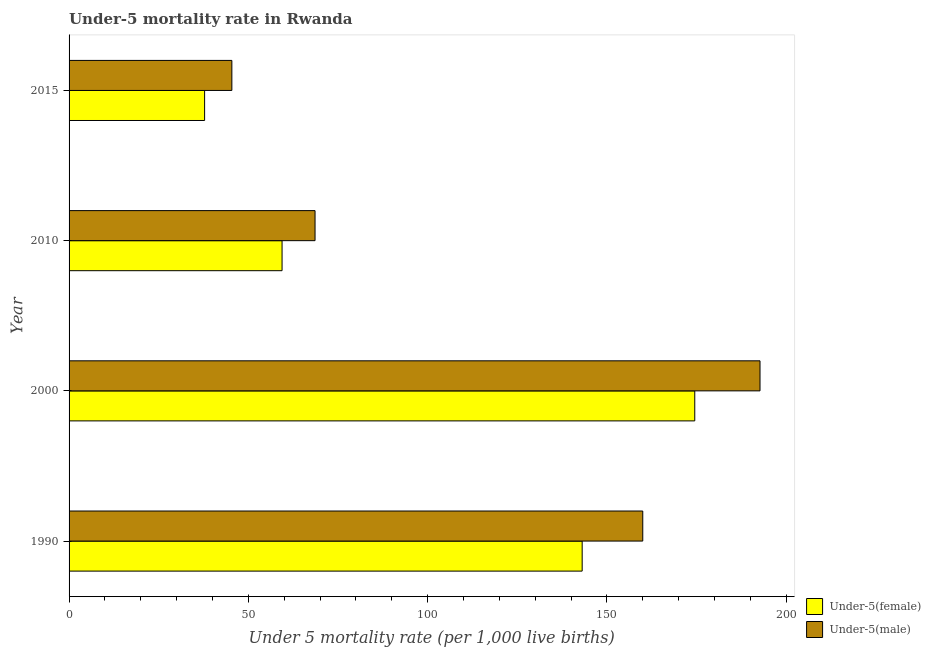
| Year | Under-5(female) | Under-5(male) |
 | --- | --- | --- |
 | 1990 | 143 | 160 |
 | 2000 | 174 | 193 |
 | 2010 | 59.4 | 68.6 |
 | 2015 | 37.8 | 45.4 |